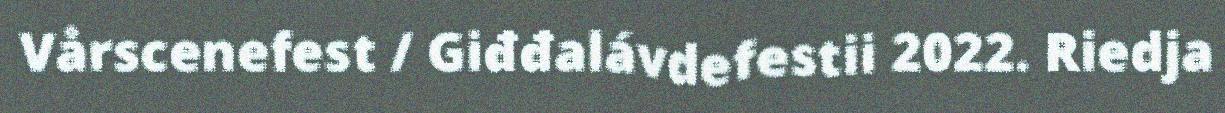
Vårscenefest / Giđđalávdefestii 2022. Riedja